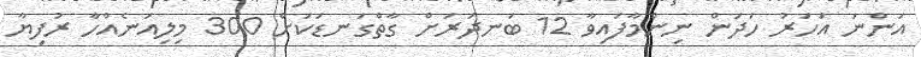
އަންނަ އަހަރު ހަދަން ނިންމާފައިވާ 12 ބަނދަރަށް ގާތްގަނޑަކަށް 300 މިލިއަނެއްހާ ރުފިޔާ